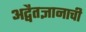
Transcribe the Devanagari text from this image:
अद्वैतज्ञानाची